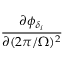
\frac { \partial \phi _ { \delta _ { i } } } { \partial ( 2 \pi / \Omega ) ^ { 2 } }